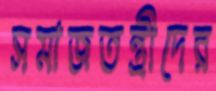
সমাজতন্ত্রীদের